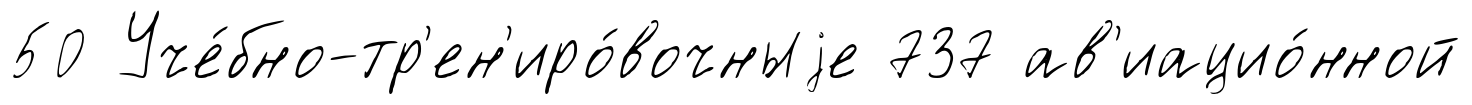
50 Уче́бно-тр'ен'иро́вочныjе 737 ав'иацио́нной